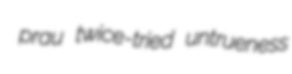
prau twice-tried untrueness